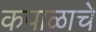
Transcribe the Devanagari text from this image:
कपाळाचे